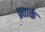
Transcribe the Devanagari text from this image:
व्रतार्क